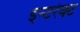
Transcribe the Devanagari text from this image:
इन्टरेक्ट